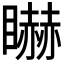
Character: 𥋿